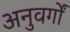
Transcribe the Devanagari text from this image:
अनुवर्गों